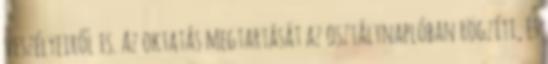
veszélyeiről is. Az oktatás megtartását az osztálynaplóban rögzíti, és